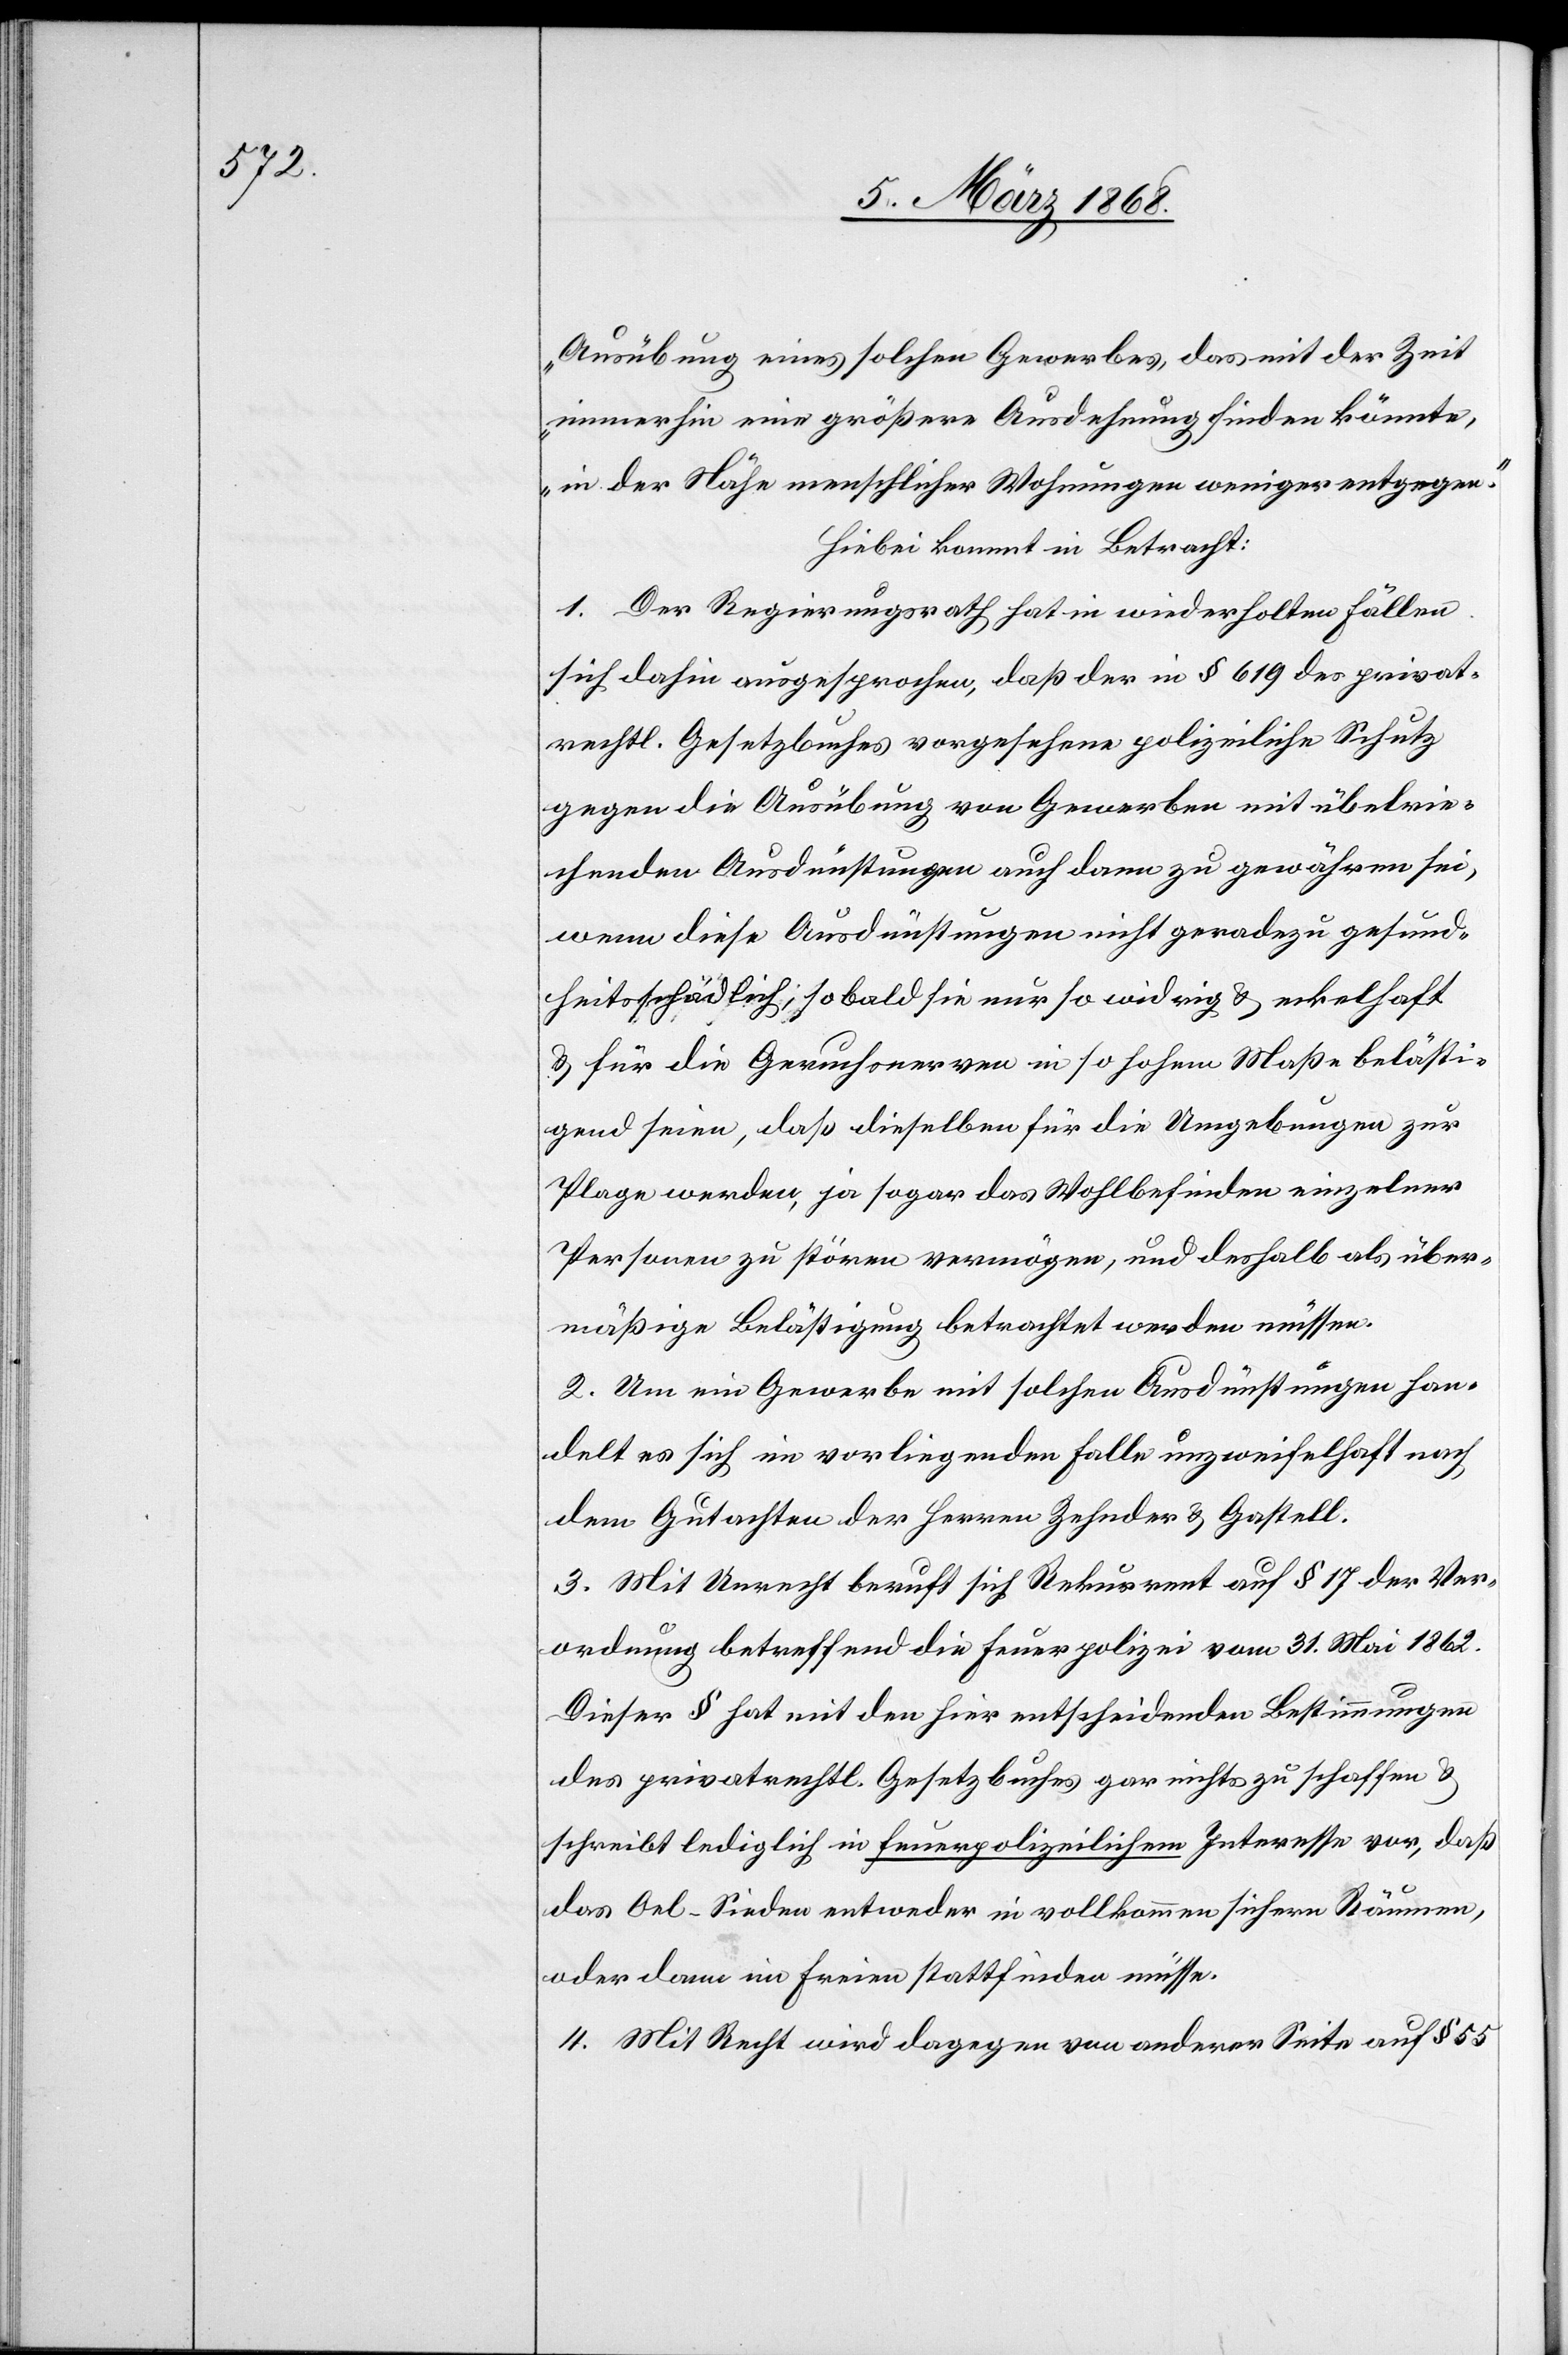
Ausübung eines solchen Gewerbes, das mit der Zeit
immerhin eine größere Ausdehnung finden könnte,
in der Nähe menschlicher Wohnungen weniger entgegen.“
Hiebei kommt in Betracht:
1. Der Regierungsrath hat in wiederholten Fällen
sich dahin ausgesprochen, daß der in § 619 des privat¬
rechtl. Gesetzbuches vorgesehene polizeiliche Schutz
gegen die Ausübung von Gewerben mit übelrie¬
chenden Ausdünstungen auch dann zu gewähren sei,
wenn diese Ausdünstungen nicht geradezu gesund¬
heitsschädlich, sobald sie nur so widrig & eckelhaft
& für die Geruchsnerven in so hohem Maße belästi¬
gend seien, daß dieselben für die Umgebungen zur
Plage werden, ja sogar das Wohlbefinden einzelner
Personen zu stören vermögen, und deshalb als über¬
mäßige Belästigung betrachtet werden müssen.
2. Um ein Gewerbe mit solchen Ausdünstungen han¬
delt es sich im vorliegenden Falle unzweifelhaft nach
dem Gutachten der Herren Zehnder & Gastell.
3. Mit Unrecht beruft sich Rekurrent auf § 17 der Ver¬
ordnung betreffend die Feuerpolizei vom 31. Mai 1862.
Dieser § hat mit den hier entscheidenden Bestimmungen
des privatrechtl. Gesetzbuches gar nichts zu schaffen &
schreibt lediglich in feuerpolizeilichem Interesse vor, daß
das Oel-Sieden entweder in vollkommen sichern Räumen,
oder dann im Freien stattfinden müsse.
4. Mit Recht wird dagegen von anderer Seite auf § 55